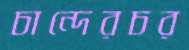
চান্দেরচর